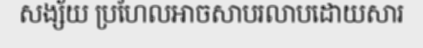
សង្ស័យ ប្រហែលអាចសាបរលាបដោយសារ